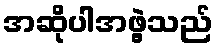
အဆိုပါအဖွဲ့သည်